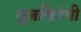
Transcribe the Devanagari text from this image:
गुलफिरंगी